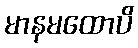
မာနမထောပိ